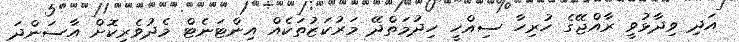
އަދި ވިދާޅުވީ ރާއްޖޭގެ ހުރިހާ ސިއްހީ ހިދުމަތްދޭ މަރުކަޒުތަކެއް އިންޓަނެޓް މެދުވެރިކޮށް އާސަންދަ